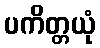
ပကိတ္တယုံ